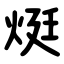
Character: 烶